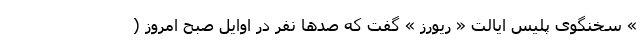
» سخنگوی پلیس ایالت « ریورز » گفت که صدها نفر در اوایل صبح امروز (